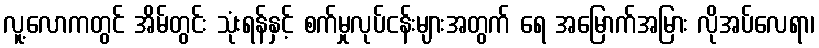
လူ့လောကတွင် အိမ်တွင်း သုံးရန်နှင့် စက်မှုလုပ်ငန်းများအတွက် ရေ အမြောက်အမြား လိုအပ်လေရာ၊